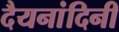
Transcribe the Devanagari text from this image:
दैयनांदिनी